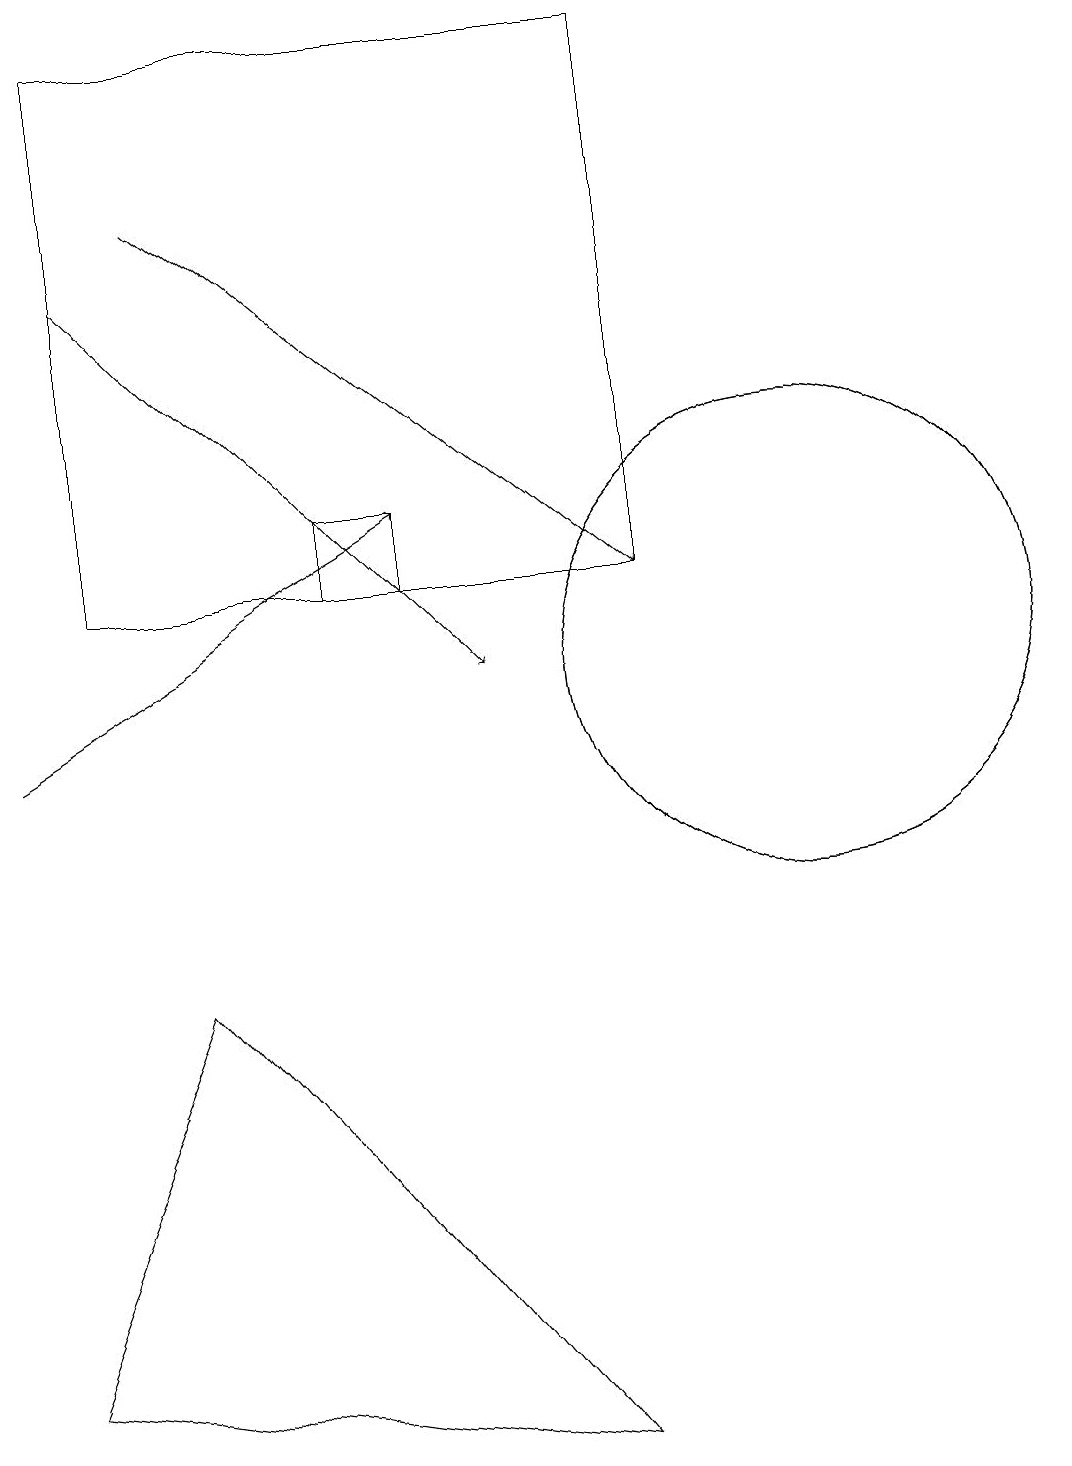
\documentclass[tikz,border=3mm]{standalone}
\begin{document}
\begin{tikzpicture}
\draw (8,1) -- (1,2) -- (3,7) -- cycle;
\draw (5,13) rectangle (6,12);
\draw[->] (3,17) -- (9,12);
\draw (9,12) rectangle (2,19);
\draw[->] (2,16) -- (7,11);
\draw[->] (1,10) -- (6,13);
\draw (11,11) circle (3);
\draw (11,11) circle (3);
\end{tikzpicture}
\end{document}